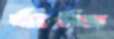
র‍্যান্ডি